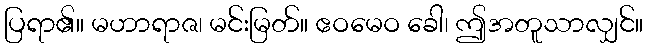
ပြရာ၏။ မဟာရာဇ၊ မင်းမြတ်။ ဧဝမေဝ ခေါ၊ ဤအတူသာလျှင်။